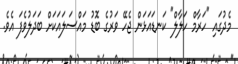
މެދުގައި "ހަރާމް ހަލާލް" ކަނޑައަޅަން ޖެހޭ ވަރުގެ ބޮޑު މައްސަލައަކަށް ބަދަލުވެފަ އެވެ.